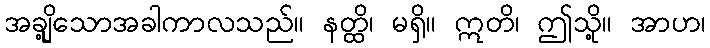
အချို့သောအခါကာလသည်။ နတ္ထိ၊ မရှိ။ ဣတိ၊ ဤသို့။ အာဟ၊